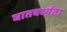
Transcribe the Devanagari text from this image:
घातवर्ध्यता